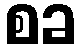
စခ